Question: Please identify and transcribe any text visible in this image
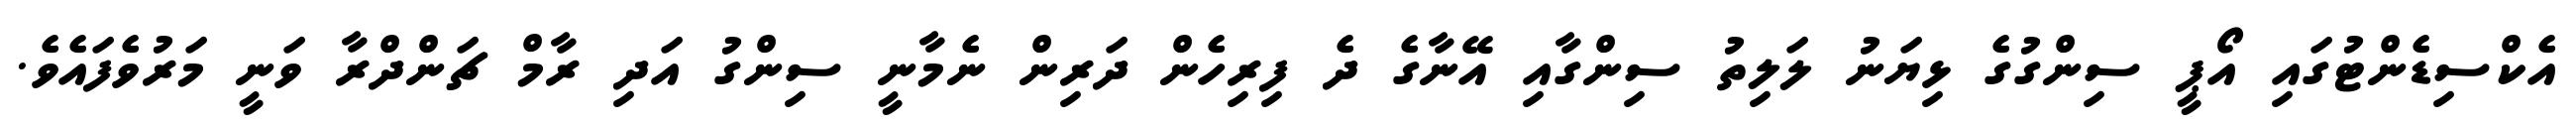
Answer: އެކްސިޑެންޓުގައި އޯޕީ ސިންގުގެ ޅިޔަނު ލަލިތު ސިންގާއި އޭނާގެ ދެ ފިރިހެން ދަރިން ނެމާނީ ސިންގު އަދި ރާމް ޗަންދްރާ ވަނީ މަރުވެފައެވެ.